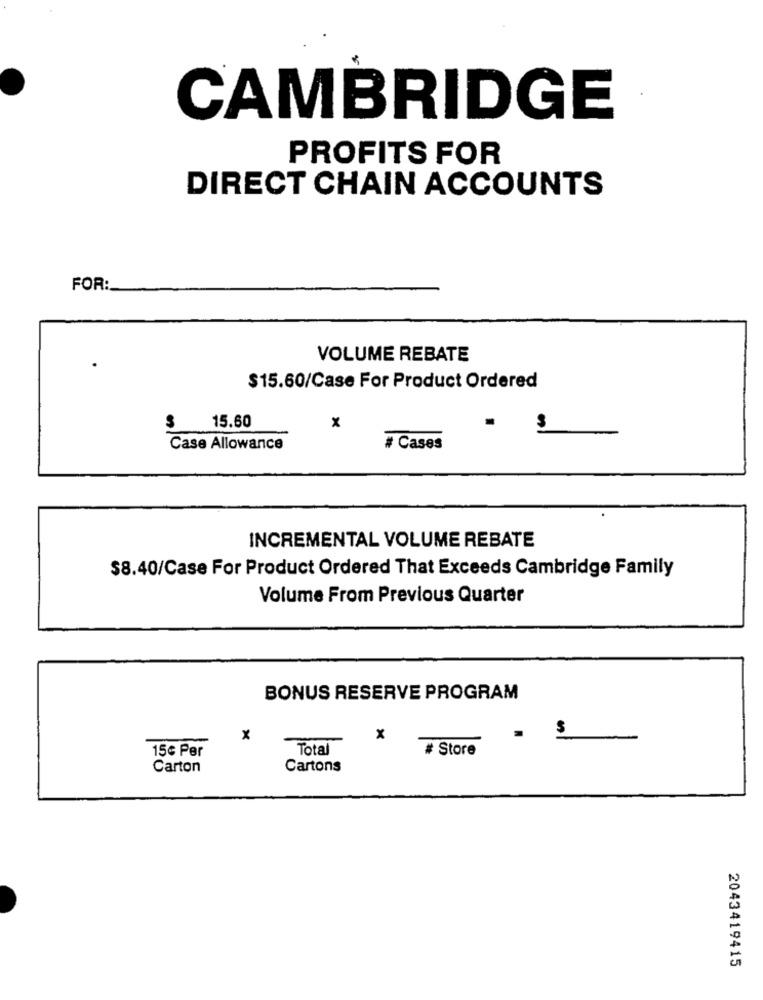
CAMBRIDGE
PROFITS FOR
DIRECT CHAIN ACCOUNTS
FOR:
VOLUME REBATE
$15.60/Case For Product Ordered
$
15.60
x
Case Allowance
# Cases
INCREMENTAL VOLUME REBATE
$8.40/Case For Product Ordered That Exceeds Cambridge Family
Volume From Previous Quarter
BONUS RESERVE PROGRAM
x
x
.
15€ Per
Total
# Store
Carton
Cartons
2043419415